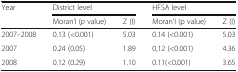
| <ROWSPAN=2> Year | <COLSPAN=2> District level | <COLSPAN=2> HFSA level |
 | Moran’I (p value) | Z (I) | Moran’I (p value) | Z (I) |
 | --- | --- | --- | --- | --- |
 | 2007–2008 | 0.13 (<0.001) | 5.03 | 0.14 (<0.001) | 5.03 |
 | 2007 | 0.24 (0.05) | 1.89 | 0,12 (<0.001) | 4.36 |
 | 2008 | 0.12 (0.29) | 1.10 | 0.11(<0.001) | 3.65 |